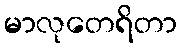
မာလုတေရိတာ